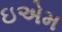
ઇએમ